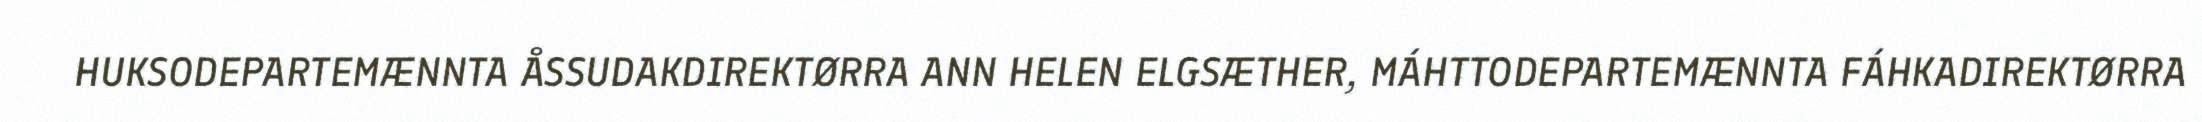
HUKSODEPARTEMÆNNTA ÅSSUDAKDIREKTØRRA ANN HELEN ELGSÆTHER, MÁHTTODEPARTEMÆNNTA FÁHKADIREKTØRRA